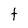
Character: t